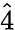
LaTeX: \hat{4}